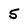
Character: 5